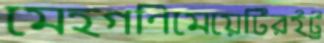
মেহগণিমেয়েটিরইট্র